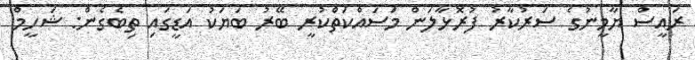
ރައީސް ޔާމީނުގެ ސަރުކާރު ފުރޮޅާލަން މަސައްކަތްކުރީ ބޭރު ބަޔަކު އަޑީގައި ތިބެގެން: ޝަހީމް